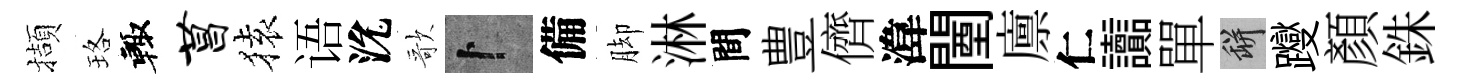
擷珞輙菖𫞤语沇歌卜備脚淋間豊儕湋闉廪仁讟單瓶躞顏銖